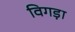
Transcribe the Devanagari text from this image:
विगड़ा